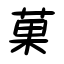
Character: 菓